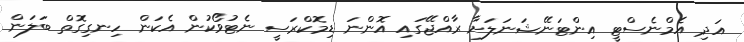
އަދި އެމްނެސްޓީ އިންޓަނޭޝަނަލަށާ ރާއްޖޭގައި އޮންނަ ޑިމޮކްރަސީ ނެޓުވޯކުން އެކަން ހިނގިގޮތް ބަލަން